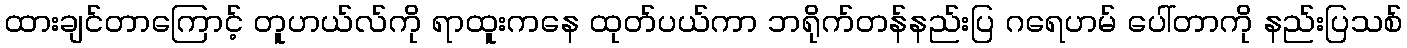
ထားချင်တာကြောင့် တူဟယ်လ်ကို ရာထူးကနေ ထုတ်ပယ်ကာ ဘရိုက်တန်နည်းပြ ဂရေဟမ် ပေါ်တာကို နည်းပြသစ်